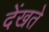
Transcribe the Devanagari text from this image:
देंखते